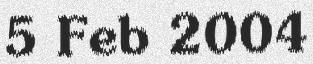
5 Feb 2004